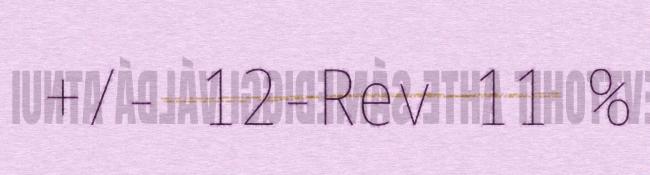
+/- 12-Rev 11 %